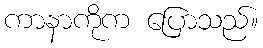
ကာနာကိုက ပြောသည်။